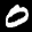
Label: 0